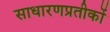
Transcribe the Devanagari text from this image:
साधारणप्रतीकों